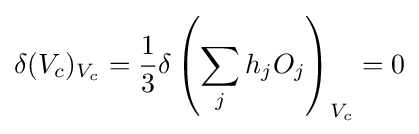
\delta (V_{c})_{V_{c}}={\frac {1}{3}}\delta \left(\sum _{j}h_{j}O_{j}\right)_{V_{c}}=0